Indian journal of veterinary science and animal husbandry - Volumes 15-17, 1948-1951
Year: 1948
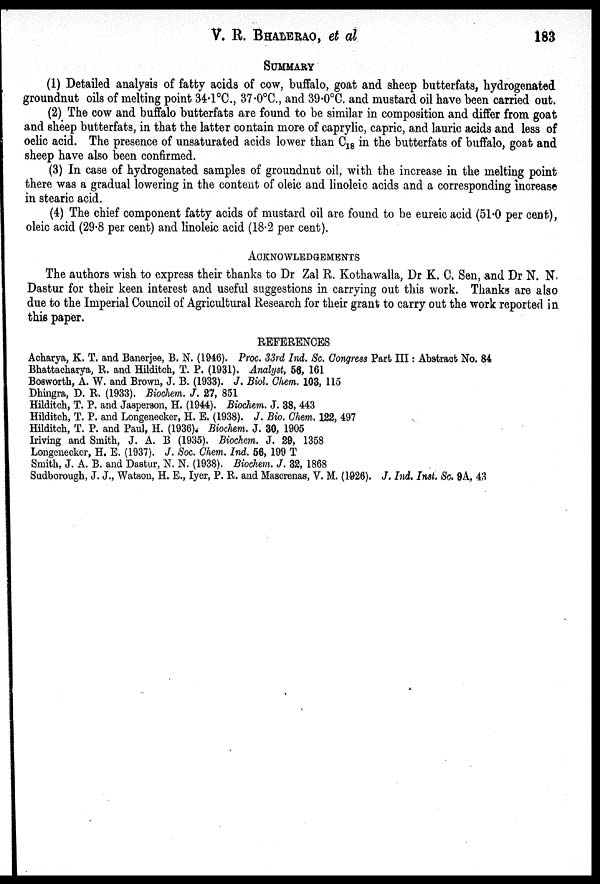
V. R. BHALERAO, et al
183
SUMMARY
(1) Detailed analysis of fatty acids of cow, buffalo, goat and sheep butterfats, hydrogenated
groundnut oils of melting point 34.1ºC., 37.0ºC., and 39.0ºC. and mustard oil have been carried out.
(2) The cow and buffalo butterfats are found to be similar in composition and differ from goat
and sheep butterfats, in that the latter contain more of caprylic, capric, and lauric acids and less of
oelic acid. The presence of unsaturated acids lower than C 18 in the butterfats of buffalo, goat and
sheep have also been confirmed.
(3) In case of hydrogenated samples of groundnut oil, with the increase in the melting point
there was a gradual lowering in the content of oleic and linoleic acids and a corresponding increase
in stearic acid.
(4) The chief component fatty acids of mustard oil are found to be eureic acid (51.0 per cent),
oleic acid (29.8 per cent) and linoleic acid (18.2 per cent).
ACKNOWLEDGEMENTS
The authors wish to express their thanks to Dr Zal R. Kothawalla, Dr K. C. Sen, and Dr N. N.
Dastur for their keen interest and useful suggestions in carrying out this work. Thanks are also
due to the Imperial Council of Agricultural Research for their grant to carry out the work reported in
this paper.
REFERENCES
Acharya, K. T. and Banerjee, B. N. (1946). Proc. 33rd Ind. Sc. Congress Part III: Abstract No. 84
Bhattacharya, R. and Hilditch, T. P. (1931). Analyst, 56, 161
Bosworth, A. W. and Brown, J. B. (1933). J. Biol. Chem. 103, 115
Dhingra, D. R. (1933). Biochem. J. 27, 851
Hilditch, T. P. and Jasperson, H. (1944). Biochem. J. 38, 443
Hilditch, T. P. and Longenecker, H. E. (1938). J. Bio. Chem. 122, 497
Hilditch, T. P. and Paul, H. (1936). Biochem. J. 30, 1905
Iriving and Smith, J. A. B (1935). Biochem. J. 29, 1358
Longenecker, H. E. (1937). J. Soc. Chem. Ind. 56, 199 T
Smith, J. A. B. and Dastur, N. N. (1938). Biochem. J. 32, 1868
Sudborough, J. J., Watson, H. E., Iyer, P. R. and Mascrenas, V. M. (1926). J. Ind. Inst. Sc. 9A, 43